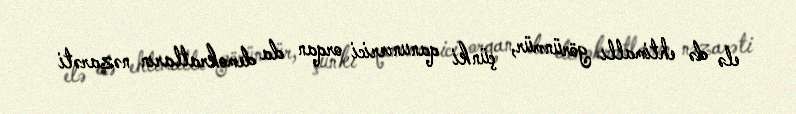
elə də ehtimallı görünmür, çünki qanunverici orqan da demokratların nəzarəti